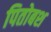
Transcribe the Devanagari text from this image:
पितोबश